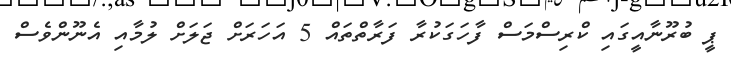
ޕީ ބުރޫނާއީގައި ކްރިސްމަސް ފާހަގަކުރާ ފަރާތްތައް 5 އަހަރަށް ޖަލަށް ލުމާއި އެނޫންވެސް